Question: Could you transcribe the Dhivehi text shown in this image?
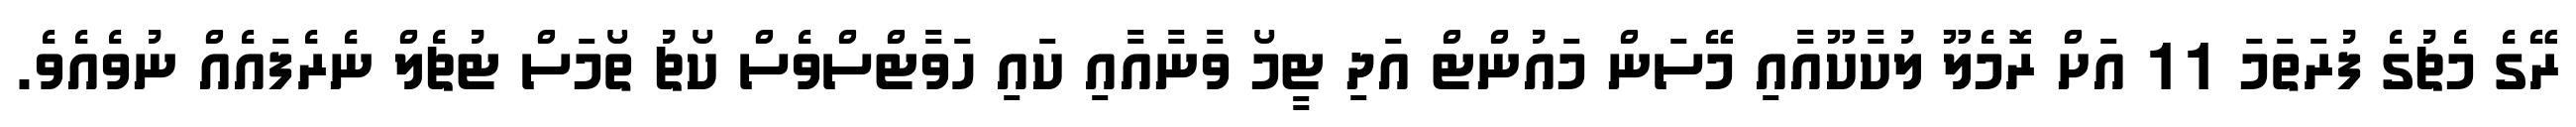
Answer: ރޭގެ މެޗުގެ ފުރަތަމަ 11 އަށް ރޮމެލޫ ލުކާކޫއާއި މޭސަން މައުންޓް އަދި ޓީމޯ ވާނާއާއި ކައި ހަވާޓްސްވެސް ކޯޗު ތޯމަސް ޓުޗެލް ނެރެފައެއް ނުވެއެވެ.